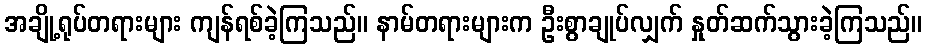
အချို့ရုပ်တရားများ ကျန်ရစ်ခဲ့ကြသည်။ နာမ်တရားများက ဦးစွာချုပ်လျှက် နှုတ်ဆက်သွားခဲ့ကြသည်။